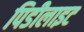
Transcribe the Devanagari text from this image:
पिडीलाइट